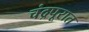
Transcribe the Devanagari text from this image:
चंद्रपूरात